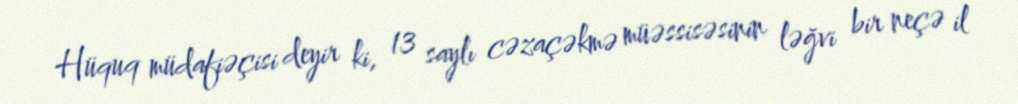
Hüquq müdafiəçisi deyir ki, 13 saylı cəzaçəkmə müəssisəsinin ləğvi bir neçə il